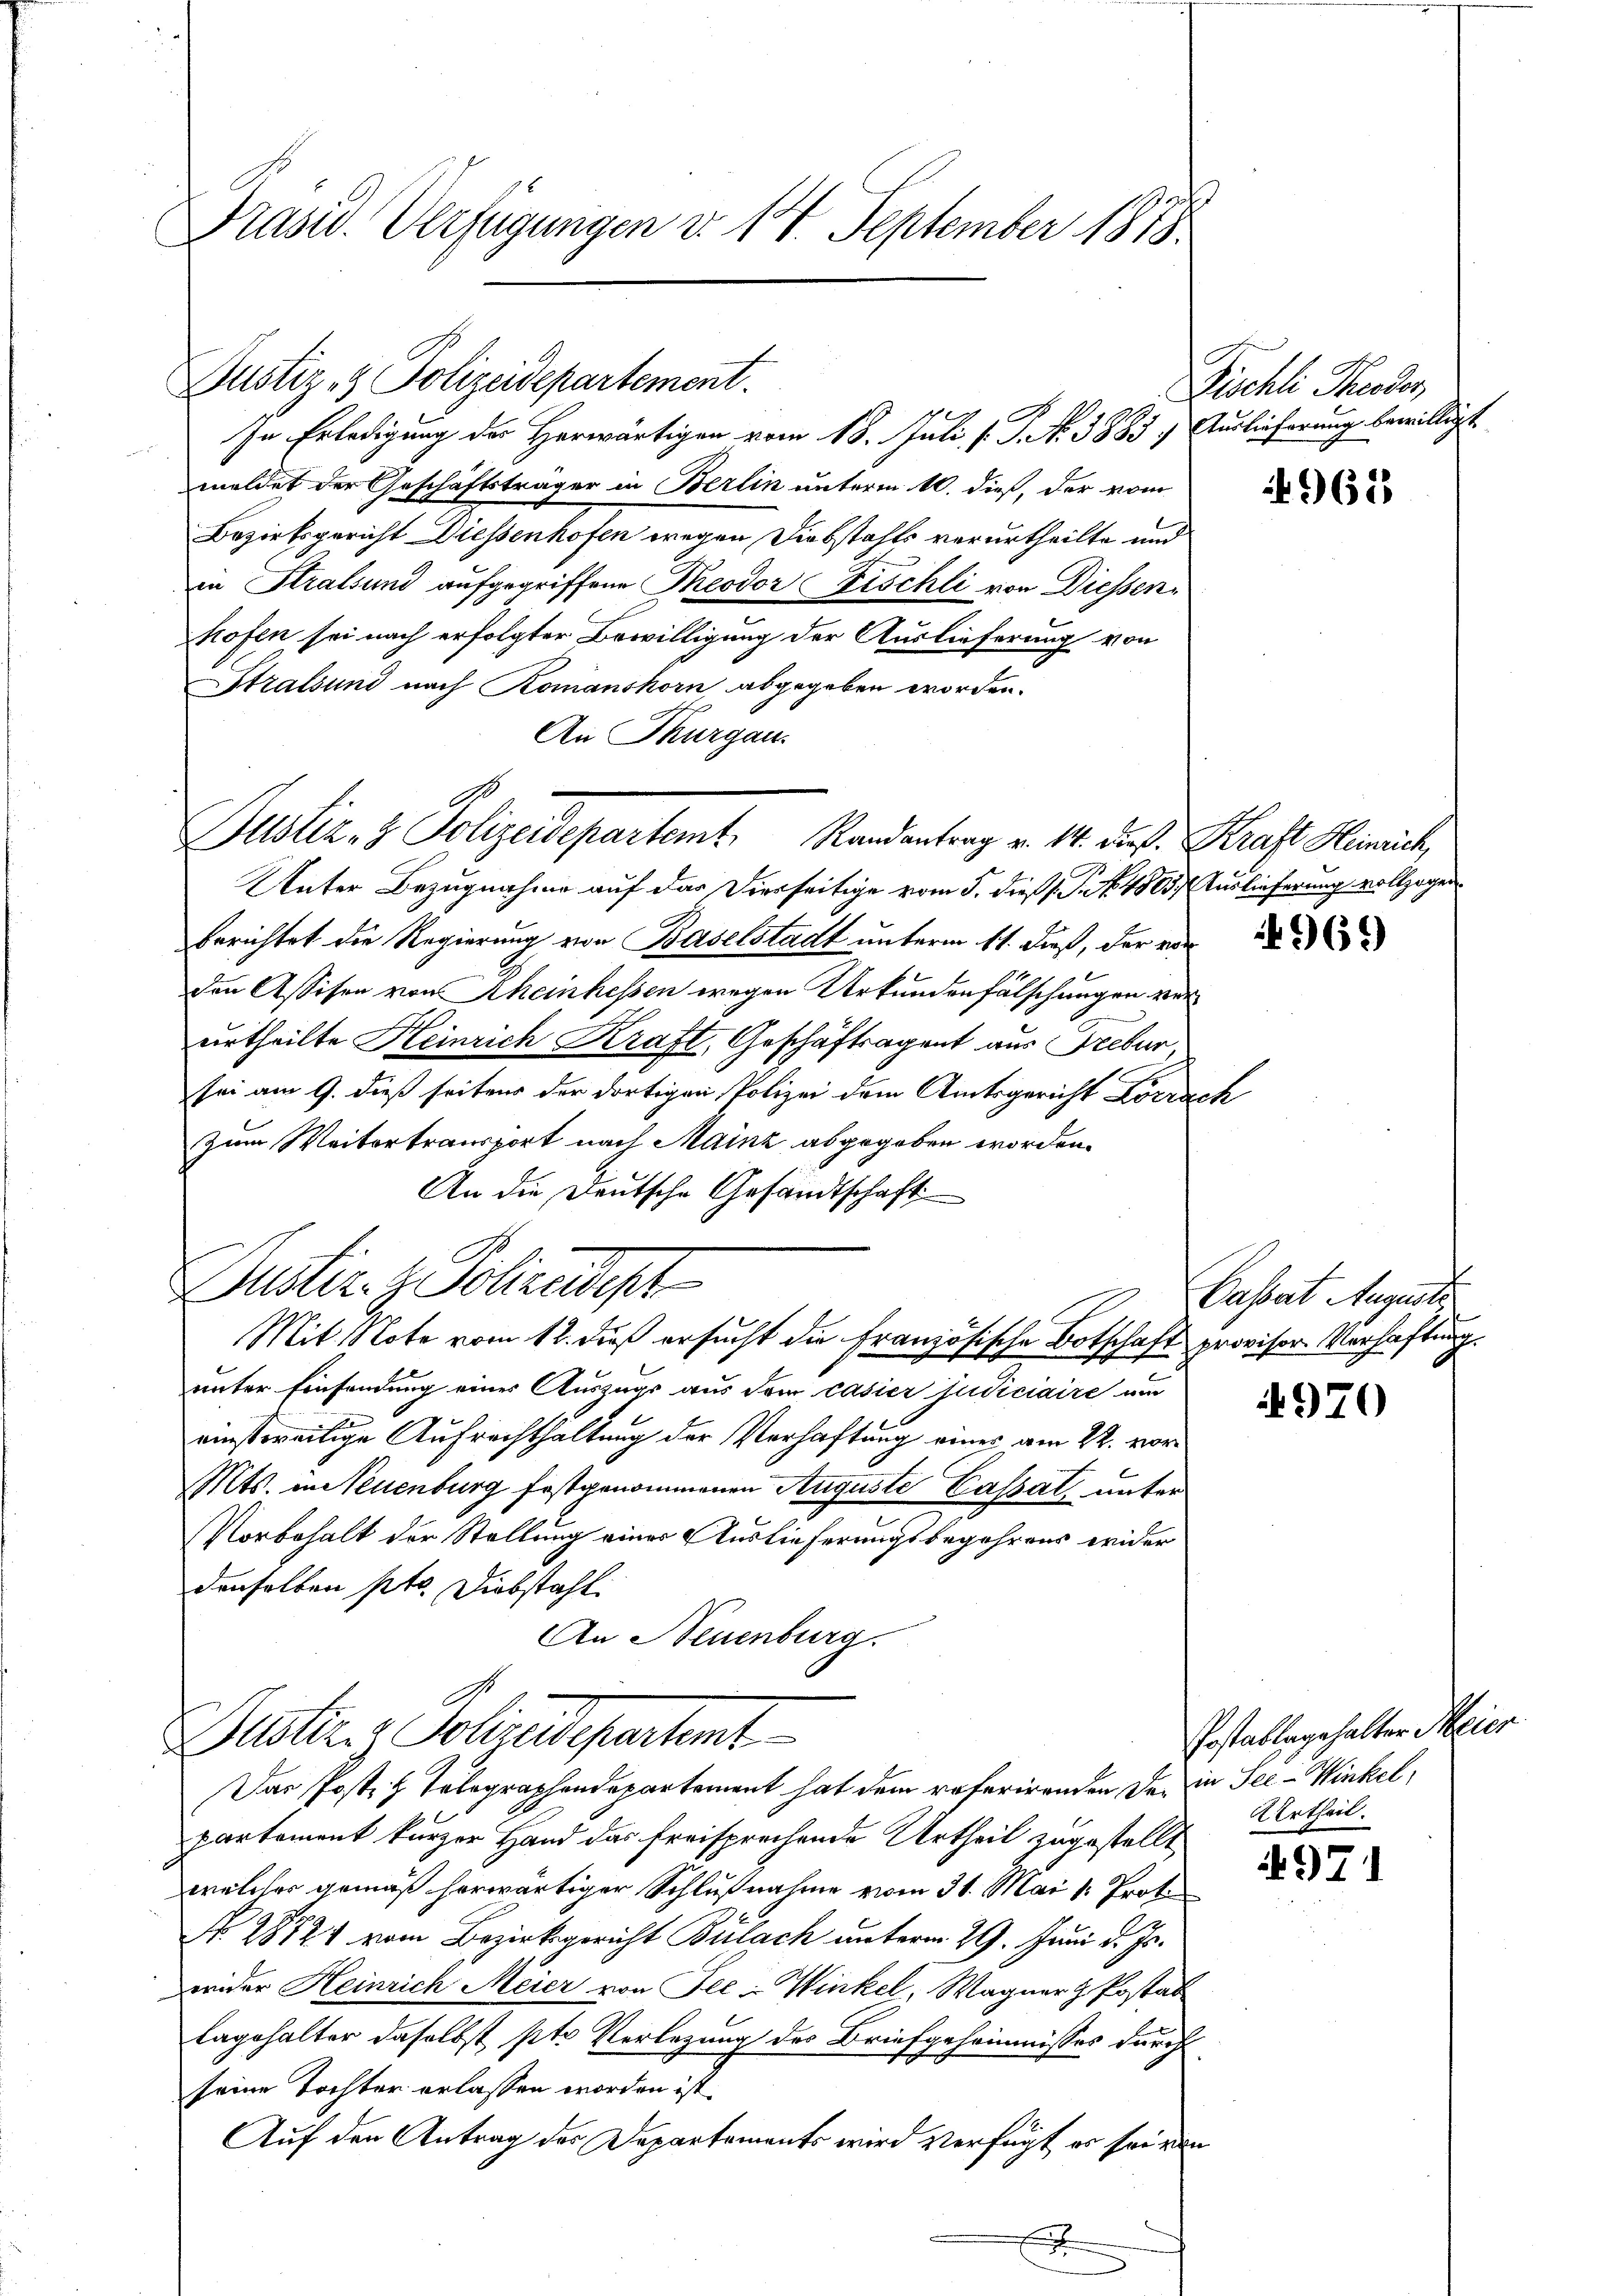
Präsid. Verfügungen d. 14. September 1878.

Justiz- & Polizeidepartement.

In Erledigung des Herwärtigen vom 18. Juli v. J. N. 3883. Auslieferung bewilligt.
meldet der Geschäftsträger in Berlin unterm 10. dieß, der vom
Bezirksgericht Diessenhofen wegen Diebstahls verurtheilte und
in Stralsund aufgegriffene Theodor Fischli von Diessenhofen sei nach erfolgter Bewilligung der Auslieferung von
Stralsund nach Romanshorn abgegeben worden.
An Thurgau.

Justiz- & Polizeidepartamt. Randantrag v. 14. des Straft Heinrich,

Dustiz- & Schendest

Unter Bezugnahme auf das Dierseitige vom 5. dieß P. Nr. 48635. Auslieferung vollzogen.
berichtet die Regierung von Baselstadt unterm 11. dieß, der von
den Assisen von Rheinhessen wegen Urkundenfälschungen verurtheilte Heinrich Kraft, Geschäftsagent aus Freber,
sei am 9. dieß seiten der dortigen Polizei dem Amtsgericht Lörrach
Zum Weitertransport nach Mainz abgegeben worden.
An die Deutsche Gesandtschaft
unter Einsendung einer Auszugs aus dem casier judiciaire um
einstweilige Aufrechthaltung der Verhaftung eines am 22. vor¬
Mts. in Neuenburg festgenommenen Auguste Cassat, unter
Vorbehalt der Stellung einer Auslieferungsbegehrens wider
denselben pto. Diebstahl.
An Neuenburg.
Justiz- Polizeidepartent
Das Post z. Telegraphendepartement hat dem referirenden der in See- Winkelpartement kurzer Hand das freisprechende Urtheil zugestellt
welcher gemäß herwärtiger Schlußnahme vom 31. Mai v. Proto
No. 28724 vom Bezirksgericht Bülach unterm 29. Juni d. Js.
wider Heinrich Meier von See - Winkel, Wagner H. Postab
lagshalter daselbst ste Verlegung des Briefgeheimnisses durch
seine Tochter erlassen worden ist.
Auf den Antrag des Departements wird verfügt er sei von
x

Mit Note vom 12. dieß ersucht die Französische Botschaft provisor Verhaftung.

Fischli Theodor,

963

Cassart Augusts

4970

Postablagehalter Meier
2 Ertheil.

97